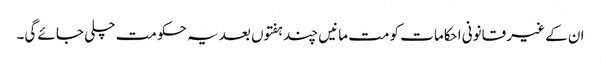
ان کے غیر قانونی احکامات کو مت مانیں چند ہفتوں بعد یہ حکومت چلی جائے گی۔